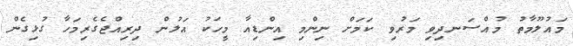
މައުލޫމާތު މުއްސަނދިވި މަރުވި ކަމަށް ނިންމި އިންޑިއާ މީހަކު އަލުން ދިރިއްޖެގެރިމަހާ ގުޅިގެން